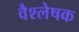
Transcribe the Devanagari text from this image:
वैश्लेषक